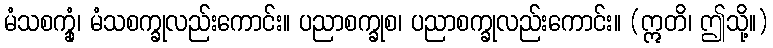
မံသစက္ခုံ၊ မံသစက္ခုလည်းကောင်း။ ပညာစက္ခုစ၊ ပညာစက္ခုလည်းကောင်း။ (ဣတိ၊ ဤသို့။)